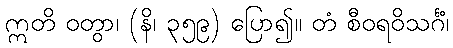
ဣတိ ဝတွာ၊ (နိ၊ ၃၅၉) ပြော၍။ တံ စီဝရဝိသင်္ဂံ၊